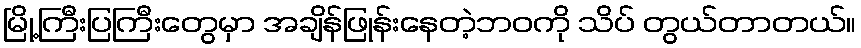
မြို့ကြီးပြကြီးတွေမှာ အချိန်ဖြုန်းနေတဲ့ဘဝကို သိပ် တွယ်တာတယ်။